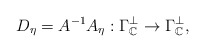
\begin{align*} D_{\eta}=A^{-1}A_{\eta}:\Gamma_{\mathbb{C}}^\perp\rightarrow\Gamma_{\mathbb{C}}^\perp,\end{align*}